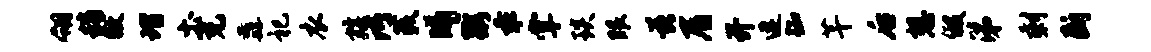
翎精傲瑁土充纛祀衣旗污蔌曦粥乖掌琰眼兹屑开迸踟芊后想假涕剩断